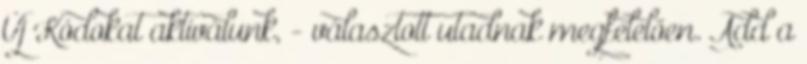
Új Kódokat aktiválunk, - választott utadnak megfelelően. Add a